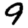
Digit: 9